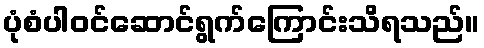
ပုံစံပါဝင်ဆောင်ရွက်ကြောင်းသိရသည်။